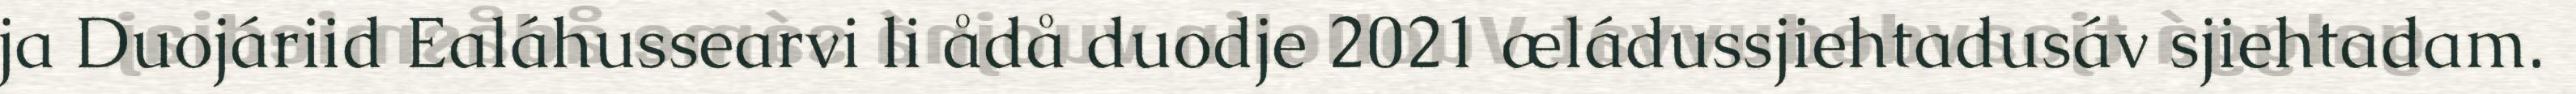
ja Duojáriid Ealáhussearvi li ådå duodje 2021 æládussjiehtadusáv sjiehtadam.